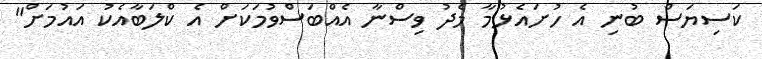
ކަސިޔަސް ބުނި އެ ހުށައެޅުމާ މެދު ވިސްނާ އެއްބަސްވުމަކަށް އެ ކްލަބާއެކު އައުމަށް"